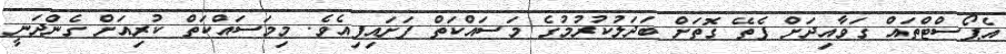
އެޕޯސްޓްތައް ގަވާއިދަށް ފެތޭ ގޮތަށް ބަދަލުކުރުމުގެ މަސައްކަތް ފަށައިފިއެވެ. މިމަސައްކަތް ކުރިއަށް ގެންދަނީ